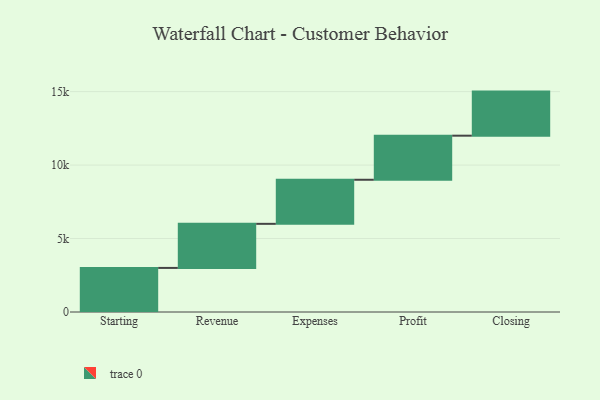
{"axis": {"x": "Step", "y": "Value"}, "legend": [""], "data": [{"x": "Starting", "y": 3000, "type": ""}, {"x": "Revenue", "y": 3000, "type": ""}, {"x": "Expenses", "y": 3000, "type": ""}, {"x": "Profit", "y": 3000, "type": ""}, {"x": "Closing", "y": 3000, "type": ""}]}